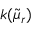
k ( \widetilde { \mu } _ { r } )